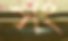
সং